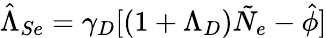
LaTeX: \hat{\Lambda}_{Se}=\gamma_{D}[(1+\Lambda_{D})\tilde{N}_{e}-\hat{\phi}]